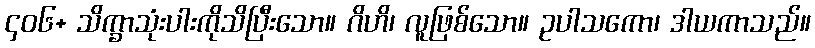
၄၀၆+ သိက္ခာသုံးပါးကိုသိပြီးသော။ ဂိဟိ၊ လူဖြစ်သော။ ဥပါသကော၊ ဒါယကာသည်။